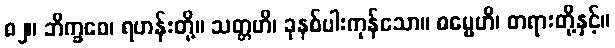
၈၂။ ဘိက္ခဝေ၊ ရဟန်းတို့။ သတ္တဟိ၊ ခုနစ်ပါးကုန်သော။ ဓမ္မေဟိ၊ တရားတို့နှင့်။